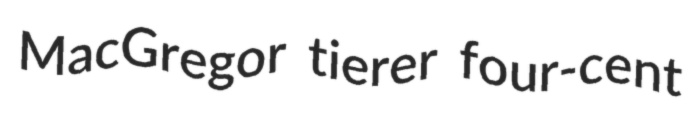
MacGregor tierer four-cent